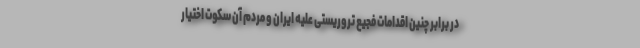
در برابر چنین اقدامات فجیع تروریستی علیه ایران و مردم آن سکوت اختیار